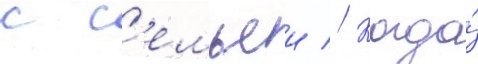
с с'емьеи // Когда́